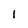
Character: I